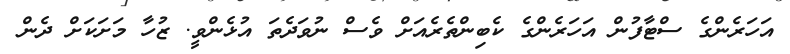
އަހަރެންގެ ސްޓާފުން އަހަރެންގެ ކެބިންތެރެއަށް ވެސް ނުވަދެތަ އުޅެންވީ. ޒުހާ މަށަކަށް ދެން